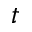
t